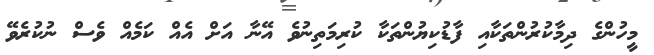
މީހުންގެ ދިމާކުރުންތަކާއި ފާޑުކިޔުންތަކާ ކުރިމަތިނުވެ އޭނާ އަށް އެއް ކަމެއް ވެސް ނުކުރެވޭ